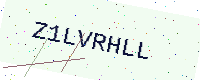
Text: Z1LVRHLL